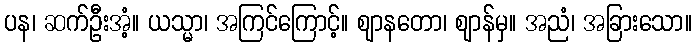
ပန၊ ဆက်ဦးအံ့။ ယသ္မာ၊ အကြင်ကြောင့်။ ဈာနတော၊ ဈာန်မှ။ အညံ၊ အခြားသော။